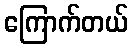
ကြောက်တယ်